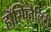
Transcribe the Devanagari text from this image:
हॉस्पितैलिटी